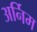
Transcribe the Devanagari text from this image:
अर्निम